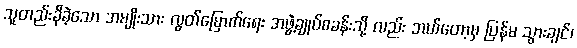
သူတည်းခိုခဲ့သော အမျိုးသား လွတ်မြောက်ရေး အဖွဲ့ချုပ်စခန်းသို့ လည်း ဘယ်တော့မှ ပြန်မ သွားချင်၊